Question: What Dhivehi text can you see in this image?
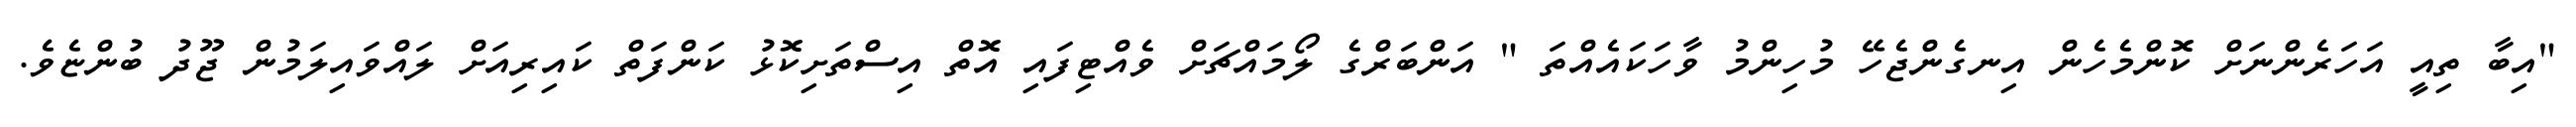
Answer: "އިބާ ތިއީ އަހަރެންނަށް ކޮންމެހެން އިނގެންޖެހޭ މުހިންމު ވާހަކައެއްތަ " އަންބަރްގެ ލޯމައްޗަށް ވެއްޓިފައި އޮތް އިސްތަށިކޮޅު ކަންފަތް ކައިރިއަށް ލައްވައިލަމުން ޖޫދު ބުންޏެވެ.